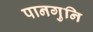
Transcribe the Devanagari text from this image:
पानगुनि